Document type: Enfranchisement
Year: 1297
Scribe: Jaume de Trilla
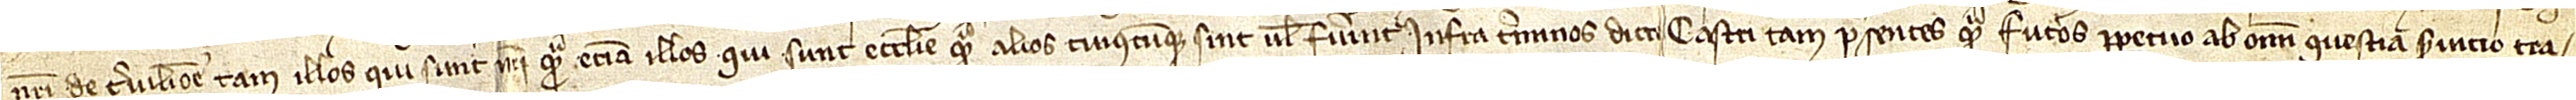
nostri de Cervilione, tam illos qui sunt nostri quam etiam illos qui sunt Ecclesie quam alios cuiuscumque sint vel fuerint infra terminos dicti castri, tam presentes quam futuros, perpetuo ab omni questia, servicio, tra-